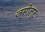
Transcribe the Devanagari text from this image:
ज्सोल्ट